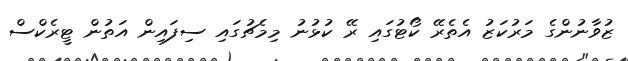
ޒުވާނުންގެ މަރުކަޒު އެތެރޭ ކޯޓުގައި ރޭ ކުޅުނު މިމެޗުގައި ސިފައިން އަތުން ޓީރެކްސް